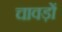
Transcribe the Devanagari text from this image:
चावड़ों